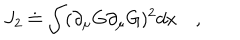
J _ { 2 } \doteq \int ( \partial _ { \mu } G \partial _ { \mu } G ) ^ { 2 } d x \quad ,